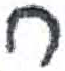
אות: ח